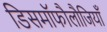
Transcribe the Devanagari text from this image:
डिसमॉफौलौजियाँ